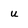
Character: u